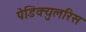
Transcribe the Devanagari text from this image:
पेडिक्युलरिस